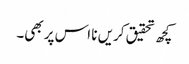
کچھ تحقیق کریں نا اس پر بھی۔